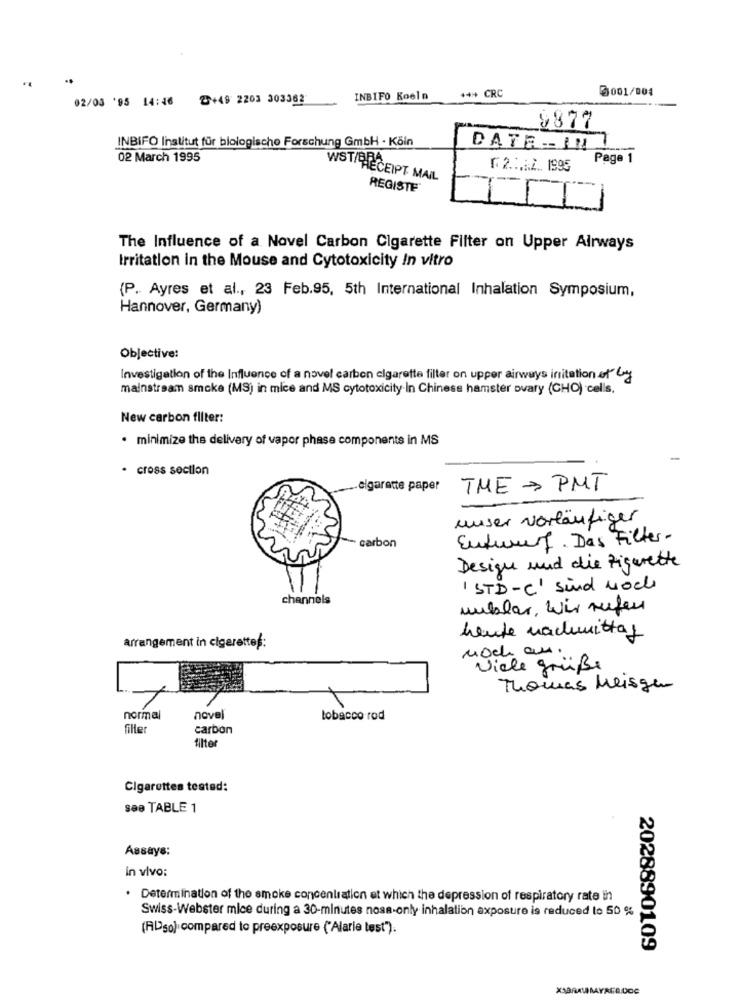
..
..
3001/004
02/03 '95 14:46 2+49 2203 303362
INBIFO Koeln
*** CRC
9877
INBIFO Institut für biologische Forschung GmbH - Köin
DATE - INI
02 March 1995
Page 1
[ 2 ........ 1995
WST RECEIPT MAIL
REGISTE
1
The Influence of a Novel Carbon Cigarette Filter on Upper Airways
Irritation in the Mouse and Cytotoxicity In vitro
(P. Ayres et al ., 23 Feb.95, 5th International Inhalation Symposium,
Hannover, Germany)
Objective:
Investigation of the Influence of a novel carbon cigarette filter on upper airways initation of by
mainstream smoke (MS) in mice and MS cytotoxicity In Chinese hamster ovary (CHO) cells.
New carbon fliter:
· minimize the delivery of vapor phase components in MS
· cross section
.elgaratte paper
THE = PMT
unser vorläufiger
Entwurf . Das Filter-
- carbon
Design und die Zigarette
1 STD-C' sind Noch
channels
unklar, wir rufen
heute nachmittag
arrangement in cigarettes:
noch an.
Viele grüße
Thomas Meisgen
normal
novel
tobacco rod
filler
carbon
filter
Cigarettes tested:
see TABLE 1
Assays:
in vivo:
. Determination of the smoke concentration et which the depression of respiratory rate ihn
Swiss-Webster mice during a 30-minutes noss-only inhalation exposure is reduced to 50 %
(ADso) compared to preexposure ("Alarie test").
2028890109